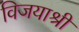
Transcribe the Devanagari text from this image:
विजयाश्री